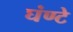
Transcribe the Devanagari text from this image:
घंण्टे